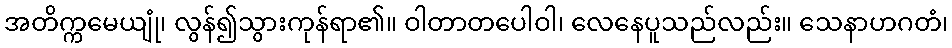
အတိက္ကမေယျုံ၊ လွန်၍သွားကုန်ရာ၏။ ဝါတာတပေါဝါ၊ လေနေပူသည်လည်း။ သေနာဟဂတံ၊